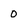
Character: 0